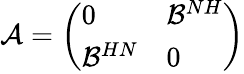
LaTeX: \begin{array}{r}{\mathcal{A}=\left(\begin{array}{ll}{0}&{\mathcal{B}^{NH}}\\ {\mathcal{B}^{HN}}&{0}\end{array}\right)}\end{array}